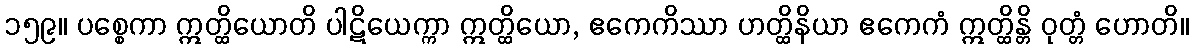
၁၅၉။ ပစ္စေကာ ဣတ္ထိယောတိ ပါဋိယေက္ကာ ဣတ္ထိယော, ဧကေကိဿာ ဟတ္ထိနိယာ ဧကေကံ ဣတ္ထိန္တိ ဝုတ္တံ ဟောတိ။